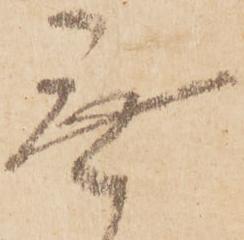
無